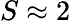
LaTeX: S\approx 2